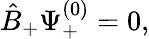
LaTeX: {\hat{B}}_{+}\Psi_{+}^{(0)}=0,